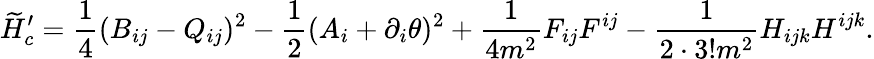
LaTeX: \widetilde{H}_{c}^{\prime}=\frac{1}{4}(B_{ij}-Q_{ij})^{2}-\frac{1}{2}(A_{i}+\partial_{i}\theta)^{2}+\frac{1}{4m^{2}}F_{ij}F^{ij}-\frac{1}{2\cdot 3!m^{2}}H_{ijk}H^{ijk}.